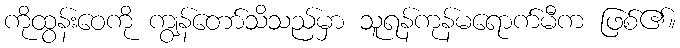
ကိုထွန်းဝေကို ကျွန်တော်သိသည်မှာ သူရန်ကုန်မရောက်မီက ဖြစ်၏။